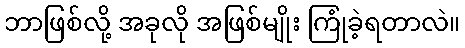
ဘာဖြစ်လို့ အခုလို အဖြစ်မျိုး ကြုံခဲ့ရတာလဲ။